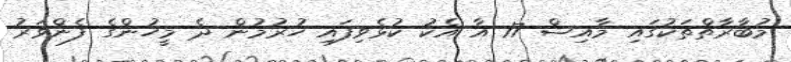
މުބާރާތްތަކުގައި މާއިޝް 17 އާ އެކު ކުޅެވިފައި ހުރުމުން ދެ މީހުންގެ ފެންވަރު